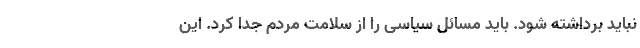
نباید برداشته شود. باید مسائل سیاسی را از سلامت مردم جدا کرد. این